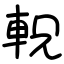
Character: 軦